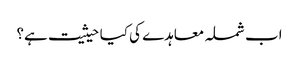
اب شملہ معاہدے کی کیا حیثیت ہے؟